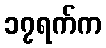
၁၇ရက်က